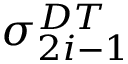
\sigma _ { 2 i - 1 } ^ { D T }